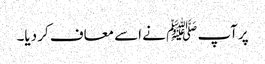
پرآپ ﷺ نے اسے معاف کر دیا۔